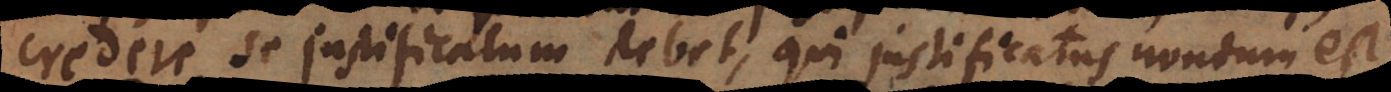
credere se justificatum debet, qui justificatus nondum est